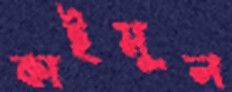
কাইমুল